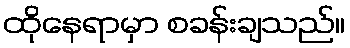
ထိုနေရာမှာ စခန်းချသည်။